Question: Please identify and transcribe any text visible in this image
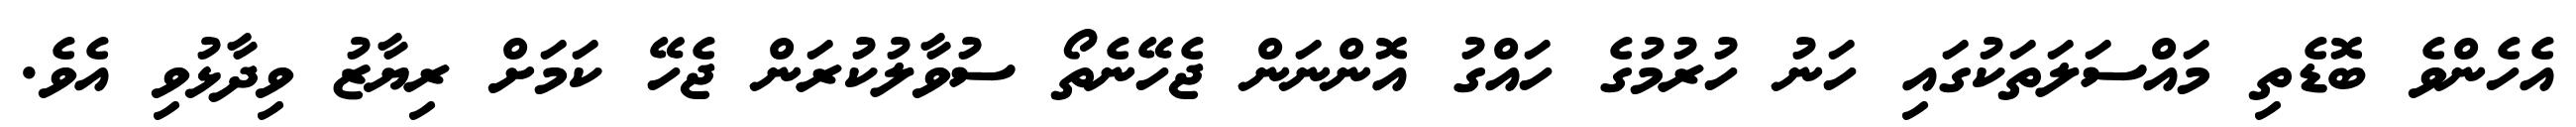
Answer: އެހެންވެ ބޮޑެތި މައްސަލަތަކުގައި ހަނު ހުރުމުގެ ހައްގު އޮންނަން ޖެހޭނެތޯ ސުވާލުކުރަން ޖެހޭ ކަމަށް ރިޔާޒު ވިދާޅުވި އެވެ.